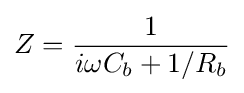
Z={\frac {1}{{i}\omega C_{b}+1/R_{b}}}